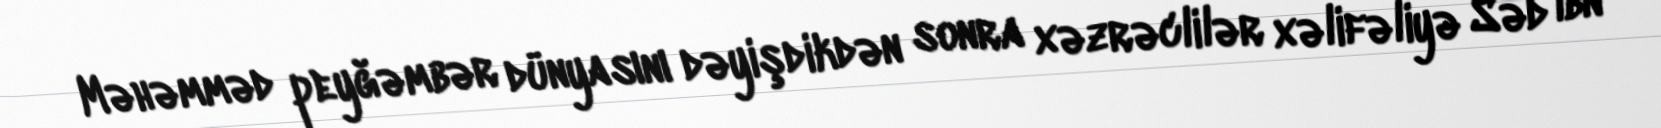
Məhəmməd peyğəmbər dünyasını dəyişdikdən sonra xəzrəclilər xəlifəliyə Səd ibn